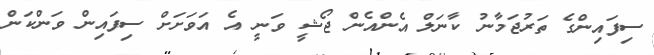
ސިފައިންގެ ތަރުޖަމާނު ކާނަލް އެންއެން ޖޯޝީ ވަނީ އެ އަވަށަށް ސިފައިން ވަންކަން